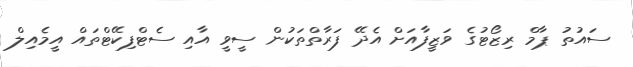
ސައުތު ޕާމް ރިޒޯޓުގެ ވަޒީފާއަށް އެދޭ ފަރާތްތަކުން ސީވީ އާއި ސެޓްފިކޭޓްތައް އީމެއިލް